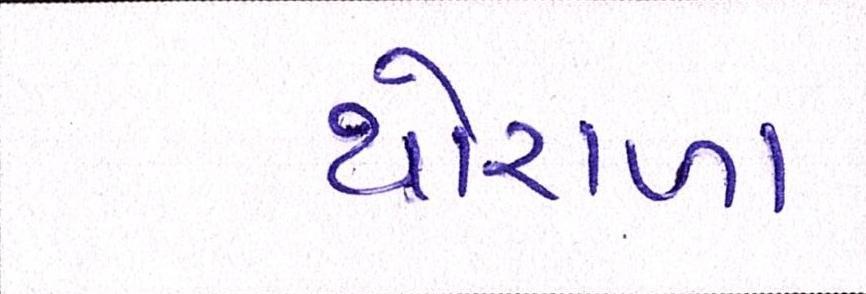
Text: થોરાળા